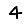
Digit: 4